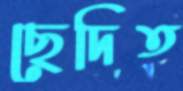
ছেদিত